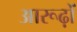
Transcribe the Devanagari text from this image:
आरूढ़ों